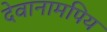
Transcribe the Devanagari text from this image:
देवानामपिय